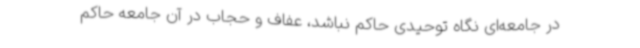
در جامعه‌ای نگاه توحیدی حاکم نباشد، عفاف و حجاب در آن جامعه حاکم